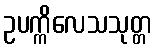
ဥပက္ကိလေသသုတ္တ